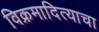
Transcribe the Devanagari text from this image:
विक्रमादित्याचा